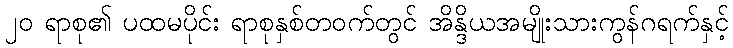
၂၀ ရာစု၏ ပထမပိုင်း ရာစုနှစ်တဝက်တွင် အိန္ဒိယအမျိုးသားကွန်ဂရက်နှင့်